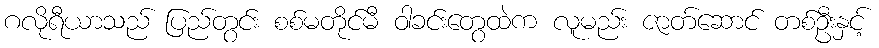
ဂလိုရီယာသည် ပြည်တွင်း စစ်မတိုင်မီ ဝါခင်းတွေထဲက လူမည်း ဇာတ်ဆောင် တစ်ဦးနှင့်